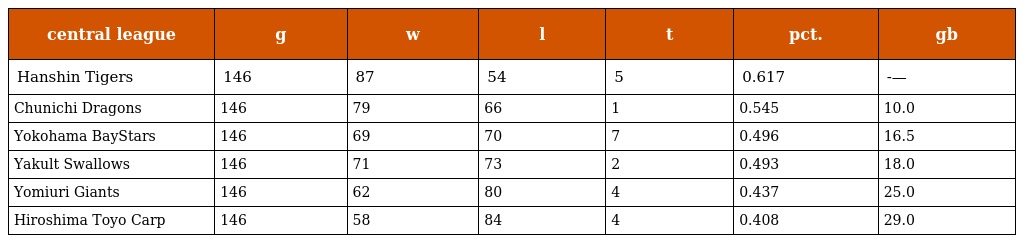
| central league | g | w | l | t | pct. | gb |
 | --- | --- | --- | --- | --- | --- | --- |
 | Hanshin Tigers | 146 | 87 | 54 | 5 | 0.617 | -— |
 | Chunichi Dragons | 146 | 79 | 66 | 1 | 0.545 | 10.0 |
 | Yokohama BayStars | 146 | 69 | 70 | 7 | 0.496 | 16.5 |
 | Yakult Swallows | 146 | 71 | 73 | 2 | 0.493 | 18.0 |
 | Yomiuri Giants | 146 | 62 | 80 | 4 | 0.437 | 25.0 |
 | Hiroshima Toyo Carp | 146 | 58 | 84 | 4 | 0.408 | 29.0 |